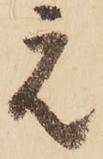
元